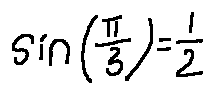
\sin ( \frac { \pi } { 3 } ) = \frac { 1 } { 2 }